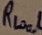
Text: RLoal